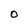
Character: 0